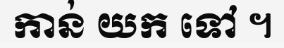
កាន់ យក ទៅ ។